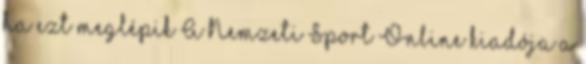
ha ezt meglépik A Nemzeti Sport Online kiadója a